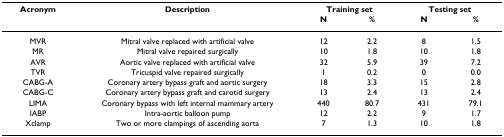
| Acronym | Description | <COLSPAN=2> Training set | <COLSPAN=2> Testing set |
 |  |  | N | % | N | % |
 | --- | --- | --- | --- | --- | --- |
 | MVR | Mitral valve replaced with artificial valve | 12 | 2.2 | 8 | 1.5 |
 | MR | Mitral valve repaired surgically | 10 | 1.8 | 10 | 1.8 |
 | AVR | Aortic valve replaced with artificial valve | 32 | 5.9 | 39 | 7.2 |
 | TVR | Tricuspid valve repaired surgically | 1 | 0.2 | 0 | 0.0 |
 | CABG-A | Coronary artery bypass graft and aortic surgery | 18 | 3.3 | 15 | 2.8 |
 | CABG-C | Coronary artery bypass graft and carotid surgery | 13 | 2.4 | 13 | 2.4 |
 | LIMA | Coronary bypass with left internal mammary artery | 440 | 80.7 | 431 | 79.1 |
 | IABP | Intra-aortic balloon pump | 12 | 2.2 | 9 | 1.7 |
 | Xclamp | Two or more clampings of ascending aorta | 7 | 1.3 | 10 | 1.8 |